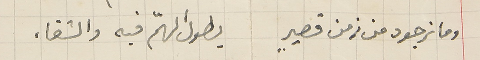
وما نرجوه من زمن قصيرٍ يطول الهمّ فيه والشقاء